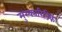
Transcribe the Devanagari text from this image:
मुस्कारिनिक